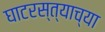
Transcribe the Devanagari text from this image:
घाटरस्त्याच्या